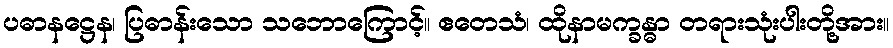
ပဓာနဋ္ဌေန၊ ပြဓာန်းသော သဘောကြောင့်။ ဧတေသံ၊ ထိုနာမက္ခန္ဓာ တရားသုံးပါးတို့အား။